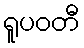
ရူပဝတီ